Annual administration report of the Civil Veterinary Department of India - 1898-1899
Year: 1898
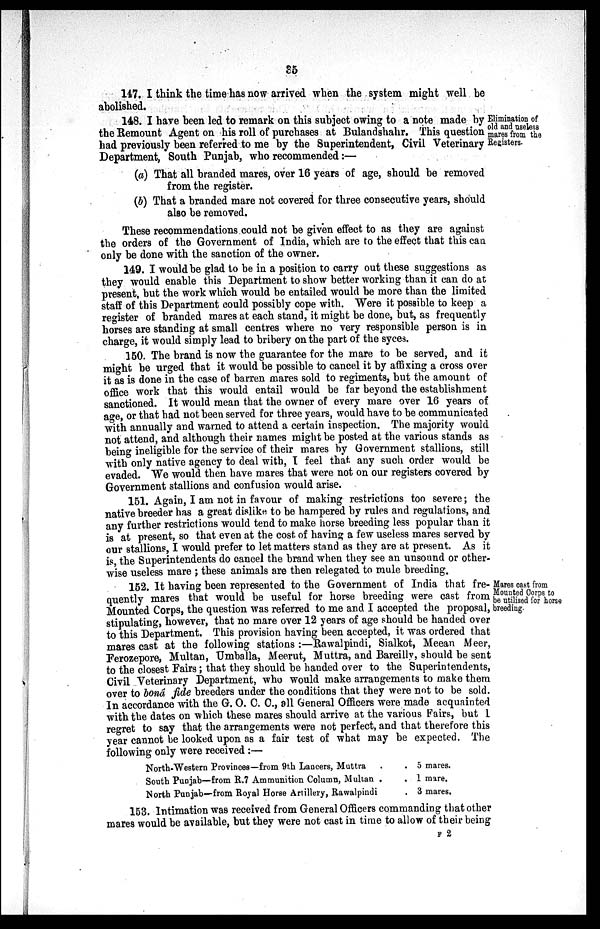
35
147. I think the time has now arrived when the system might well be
abolished.
Elimination of
old and useless
mares from the
Registers.
148. I have been led to remark on this subject owing to a note made by
the Remount Agent on his roll of purchases at Bulandshahr. This question
had previously been referred to me by the Superintendent, Civil Veterinary
Department, South Punjab, who recommended:—
(a) That all branded mares, over 16 years of age, should be removed
from the register.
(b) That a branded mare not covered for three consecutive years, should
also be removed.
These recommendations could not be given effect to as they are against
the orders of the Government of India, which are to the effect that this can
only be done with the sanction of the owner.
149. I would be glad to be in a position to carry out these suggestions as
they would enable this Department to show better working than it can do at
present, but the work which would be entailed would be more than the limited
staff of this Department could possibly cope with. Were it possible to keep a
register of branded mares at each stand, it might be done, but, as frequently
horses are standing at small centres where no very responsible person is in
charge, it would simply lead to bribery on the part of the syces.
150. The brand is now the guarantee for the mare to be served, and it
might be urged that it would be possible to cancel it by affixing a cross over
it as is done in the case of barren mares sold to regiments, but the amount of
office work that this would entail would be far beyond the establishment
sanctioned. It would mean that the owner of every mare over 16 years of
age, or that had not been served for three years, would have to be communicated
with annually and warned to attend a certain inspection. The majority would
not attend, and although their names might be posted at the various stands as
being ineligible for the service of their mares by Government stallions, still
with only native agency to deal with, I feel that any such order would be
evaded. We would then have mares that were not on our registers covered by
Government stallions and confusion would arise.
151. Again, I am not in favour of making restrictions too severe; the
native breeder has a great dislike to be hampered by rules and regulations, and
any further restrictions would tend to make horse breeding less popular than it
is at present, so that even at the cost of having a few useless mares served by
our stallions, I would prefer to let matters stand as they are at present. As it
is, the Superintendents do cancel the brand when they see an unsound or other-
wise useless mare; these animals are then relegated to mule breeding.
Mares cast from
Mounted Corps to
be utilised for horse
breeding.
152. It having been represented to the Government of India that fre-
quently mares that would be useful for horse breeding were cast from
Mounted Corps, the question was referred to me and I accepted the proposal,
stipulating, however, that no mare over 12 years of age should be handed over
to this Department. This provision having been accepted, it was ordered that
mares cast at the following stations:—Rawalpindi, Sialkot, Meean Meer,
Ferozepore, Multan, Umballa, Meerut, Muttra, and Bareilly, should be sent
to the closest Fairs; that they should be handed over to the Superintendents,
Civil Veterinary Department, who would make arrangements to make them
over to bond fide breeders under the conditions that they were not to be sold.
In accordance with the G. O. C. C., all General Officers were made acquainted
with the dates on which these mares should arrive at the various Fairs, but I
regret to say that the arrangements were not perfect, and that therefore this
year cannot be looked upon as a fair test of what may be expected. The
following only were received:—
North-Western Provinces—from 9th Lancers, Muttra . .
South Punjab—from R.7 Ammunition Column, Multan . .
North Punjab—from Royal Horse Artillery, Rawalpindi .
5 mares.
1 mare.
3 mares.
153. Intimation was received from General Officers commanding that other
mares would be available, but they were not cast in time to allow of their being
F 2